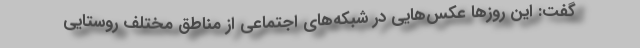
گفت: این روزها عکس‌هایی در شبکه‌های اجتماعی از مناطق مختلف روستایی